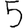
Digit: 5